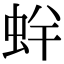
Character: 䖫